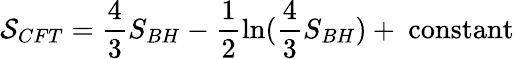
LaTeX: {\cal S}_{CFT}=\frac{4}{3}S_{BH}-\frac{1}{2}\mathrm{ln}(\frac{4}{3}S_{BH})+~\mathrm{constant}